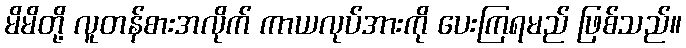
မိမိတို့ လူတန်စားအလိုက် ကာယလုပ်အားကို ပေးကြရမည် ဖြစ်သည်။